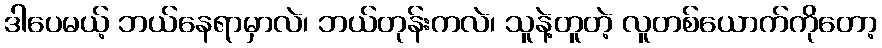
ဒါပေမယ့် ဘယ်နေရာမှာလဲ၊ ဘယ်တုန်းကလဲ၊ သူနဲ့တူတဲ့ လူတစ်ယောက်ကိုတော့